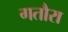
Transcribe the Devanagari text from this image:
गतौरा